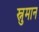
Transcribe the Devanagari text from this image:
स्नुमान